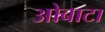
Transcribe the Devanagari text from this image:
ओबाटा